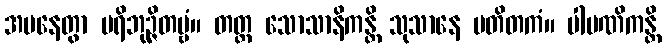
အပနေတွာ ပရိဘုဉ္ဇိတဗ္ဗံ။ တတ္ထ သောသာနိကန္တိ သုသာနေ ပတိတကံ။ ပါပဏိကန္တိ